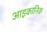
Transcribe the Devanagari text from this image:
आइकानिक